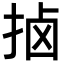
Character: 𫼵